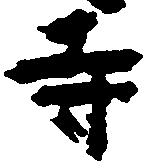
寺